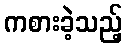
ကစားခဲ့သည့်